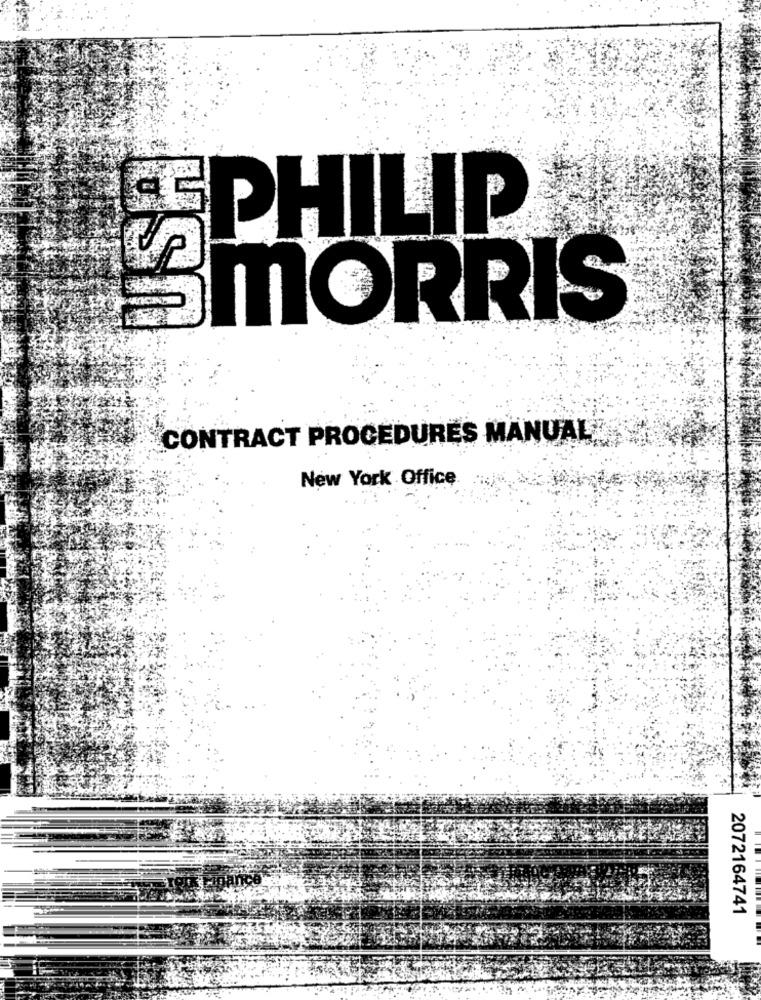
SPHILIP
MORRIS
CONTRACT PROCEDURES MANUAL
New York Office
2072164741